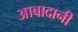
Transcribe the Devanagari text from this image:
आबादानी